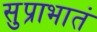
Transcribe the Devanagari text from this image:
सुप्राभातं